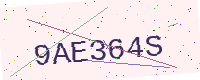
Text: 9AE364S